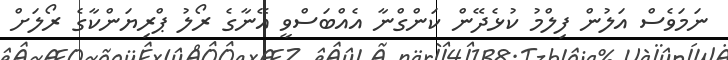
ނަމަވެސް އަލުން ފިލްމު ކުޅެދޭން ކަންގްނާ އެއްބަސްވީ އޭނާގެ ރޯލު ޕްރިޔަންކާގެ ރޯލަށް